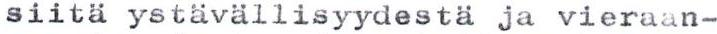
siitä ystävällisyydestä ja vieraan-